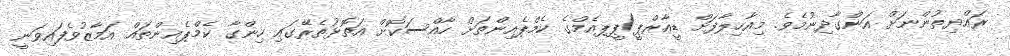
ރައްޔިތުންނަށް އަންގާދިނުމެވެ. މިއާހިލާފަށް ޑީއާރްޕީ/ޕީޕއެމްގެ ކެމްޕެއިންތަށް ހާއްސަކޮށް އަތޮޅުތެރޭގައި ހިންގާ ކެމްޕެއިންތައް އަމާޒުވެފައިވަނީ